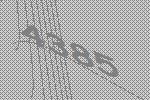
4385